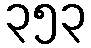
၃၅၃